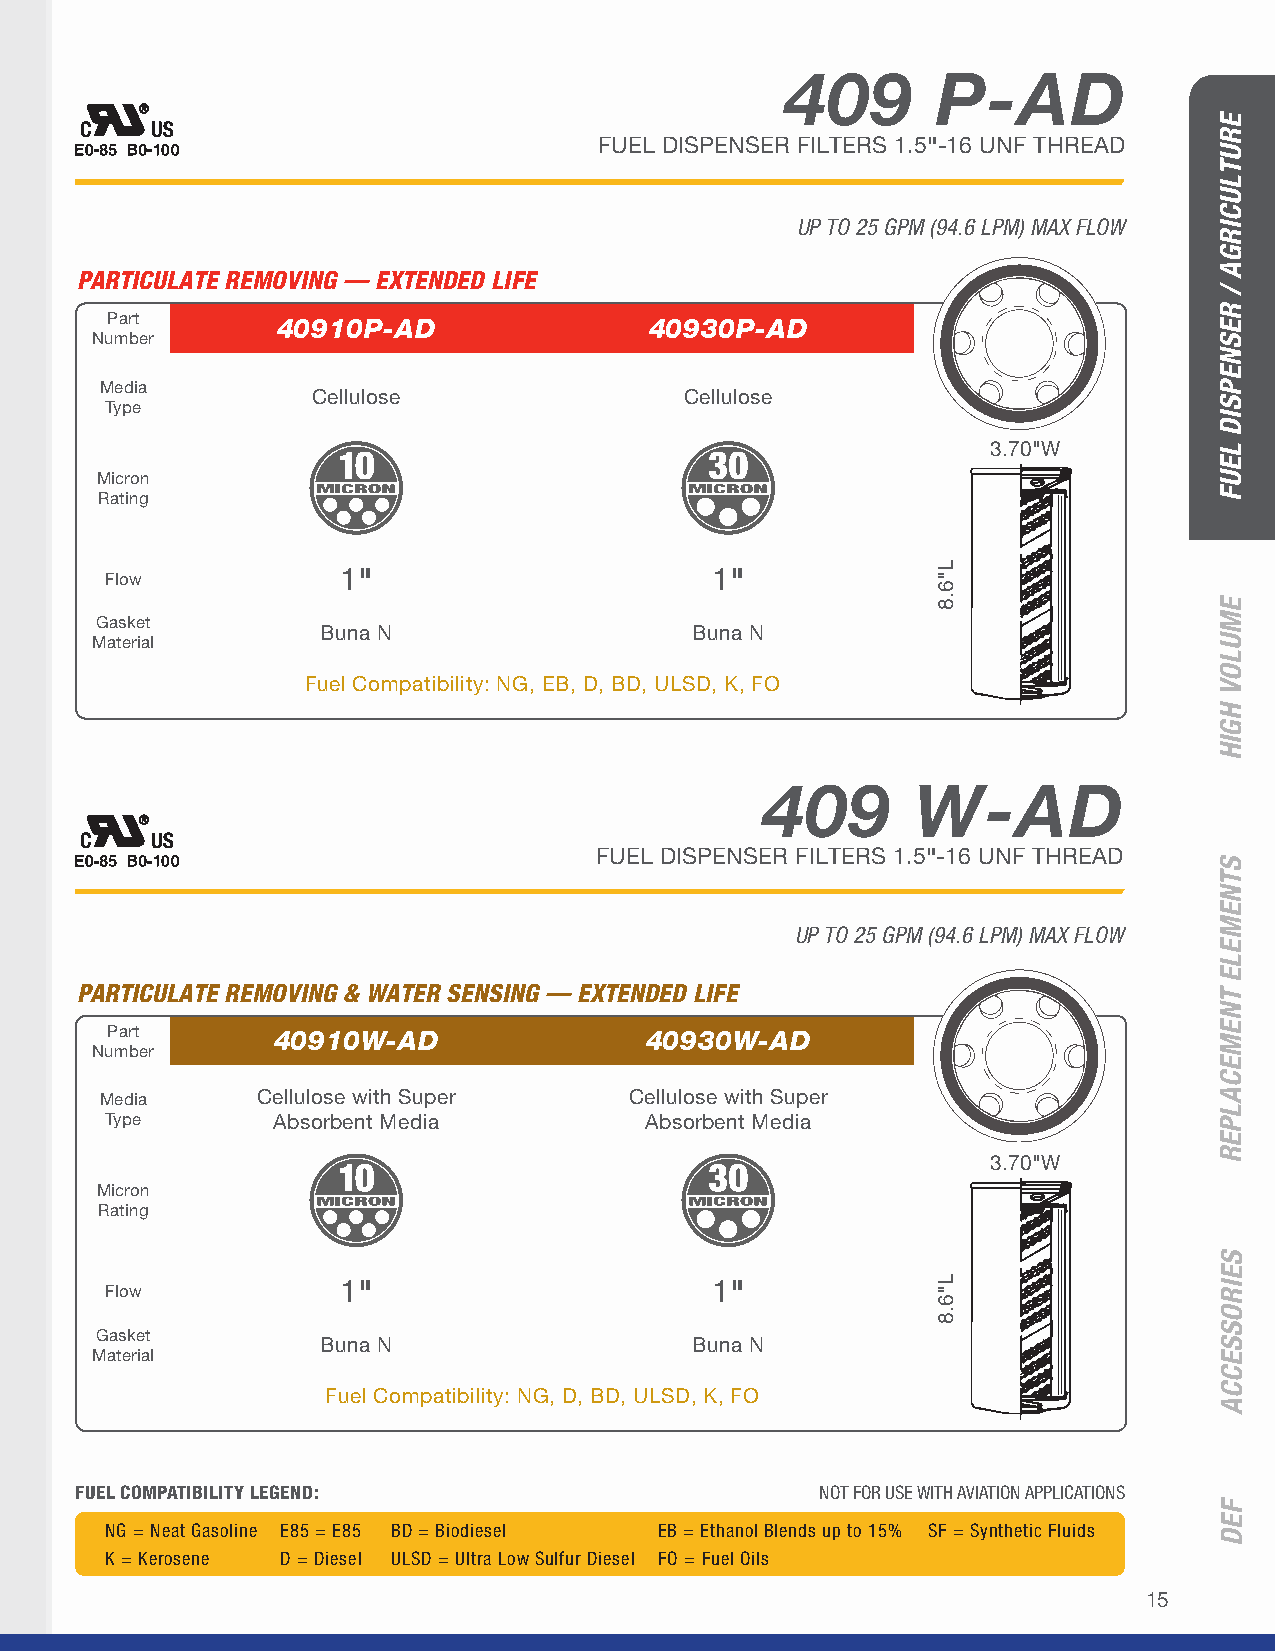
409       P-AD
 FUEL DISPENSER FILTERS 1.5"-16 UNF THREAD
 UP TO 25 GPM (94.6 LPM) MAX FLOW
 PARTICULATE REMOVING — EXTENDED LIFE
 Part       40910P-AD                40930P-AD
 Number
 Media
 Cellulose               Cellulose
 Type
 3.70"W
 Micron
 Rating
 Flow
 1"                      1"
 Gasket
 Buna N                   Buna N
 Material
 Fuel Compatibility: NG, EB, D, BD, ULSD, K, FO
 409       W-AD
 FUEL DISPENSER FILTERS 1.5"-16 UNF THREAD
 UP TO 25 GPM (94.6 LPM) MAX FLOW
 PARTICULATE REMOVING & WATER SENSING — EXTENDED LIFE
 Part       40910W-AD                40930W-AD
 Number
 Media     Cellulose with Super     Cellulose with Super
 Type       Absorbent Media          Absorbent Media
 3.70"W
 Micron
 Rating
 Flow
 1"                      1"
 Gasket
 Buna N                   Buna N
 Material
 Fuel Compatibility: NG, D, BD, ULSD, K, FO
 FUEL COMPATIBILITY LEGEND:                       NOT FOR USE WITH AVIATION APPLICATIONS
 NG = Neat Gasoline E85 = E85 BD = Biodiesel EB = Ethanol Blends up to 15% SF = Synthetic Fluids
 K = Kerosene D = Diesel ULSD = Ultra Low Sulfur Diesel FO = Fuel Oils
 15
 L"6.8
 L"6.8
 ERUTLUCIRGA
 /
 RESNEPSID
 LEUF
 EMULOV
 HGIH
 STNEMELE
 TNEMECALPER
 SEIROSSECCA
 FED